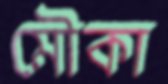
মৌকা